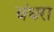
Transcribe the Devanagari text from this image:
बंधरा